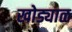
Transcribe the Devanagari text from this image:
खोड्याळ